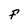
Character: F